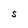
Character: s